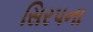
સિરપના